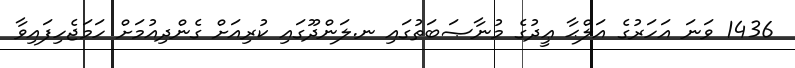
1436 ވަނަ އަހަރުގެ އަލްޙާ ޢީދުގެ މުނާޞަބަތުގައި ނ.ލަންދޫގައި ކުރިއަށް ގެންދިއުމަށް ހަމަޖެހިފައިވާ